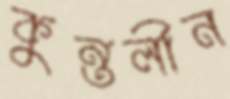
কুন্তলীন